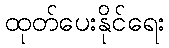
ထုတ်ပေးနိုင်ရေး